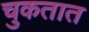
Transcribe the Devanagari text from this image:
चुकतात